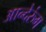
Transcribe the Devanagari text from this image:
आन्देरुंग